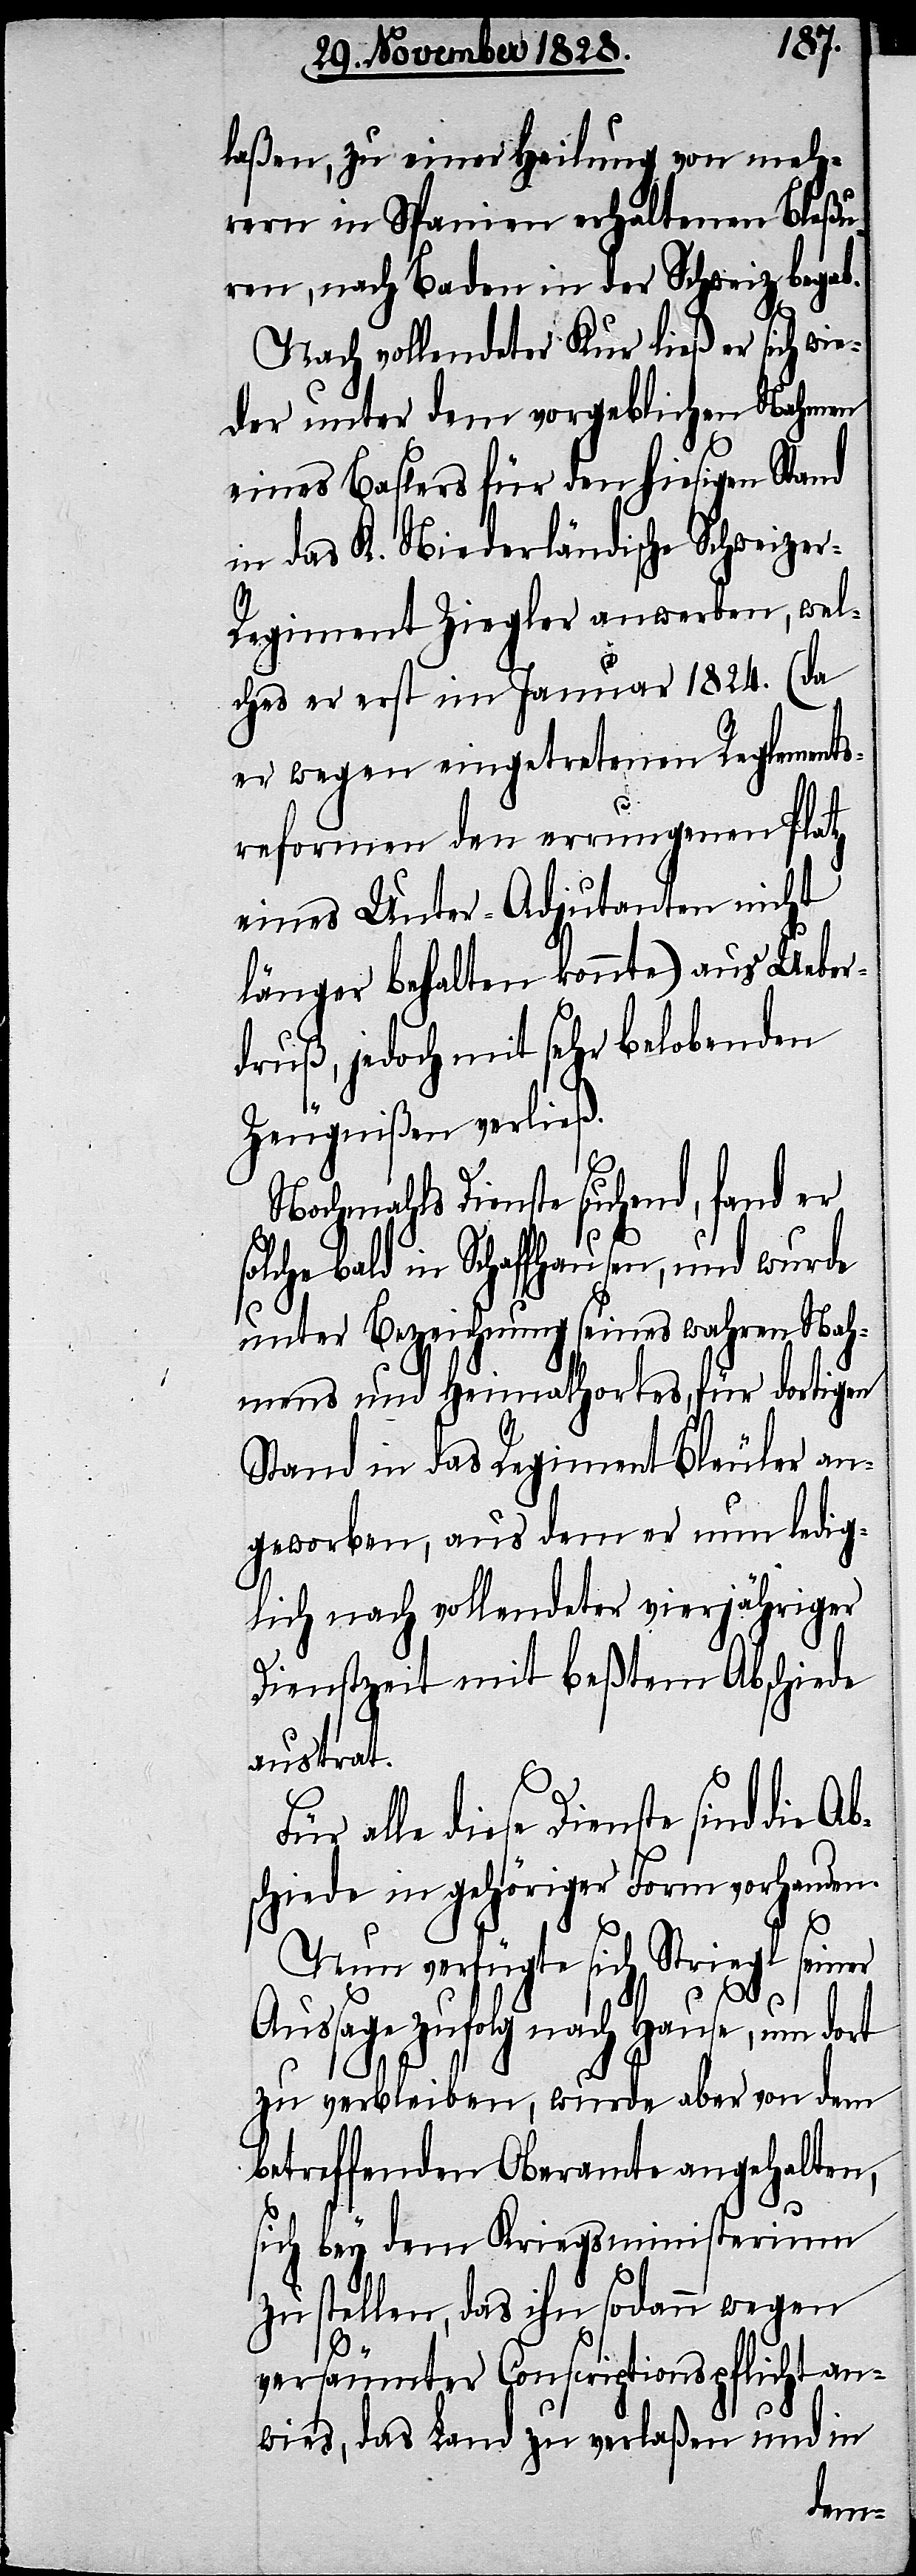
laßen, zu einer Heilung von meh¬
rern in Spanien erhaltenen Bleßu¬
ren, nach Baden in der Schweiz begab.
Nach vollendeter Kur ließ er sich wie¬
der unter dem vorgeblichen Nahmen
eines Baslers für den hiesigen Stand
in das K. Niederländische Schweize¬
r-Regiment Ziegler anwerben, wel¬
ches er erst im Januar 1824. (da
er wegen eingetretenen Reglements¬
reformen den errungenen Platz
eines Unter-Adjutanten nicht
länger behalten konnte) aus Ueber¬
druß, jedoch mit sehr belobenden
Zeugnißen verließ.
Nochmahls Dienste suchend, fand er
bald in Schaffhausen, und wurde
unter Bezeichnung seines wahren Nah¬
mens und Heimathortes, für dortigen
Stand in das Regiment Bleuler an¬
geworben, aus dem er nun ledig¬
lich nach vollendeter vierjähriger
Dienstzeit mit beßtem Abschiede
austrat.
diese Dienste sind die Ab¬
schiede in gehöriger Form vorhanden.
Nun verfügte sich Striegl seiner
Aussage zufolg nach Hause, um dort
zu verbleiben, wurde aber von dem
betreffenden Oberamte angehalten,
sich bey dem Kriegsministerium
zu stellen, das ihn sodann wegen
versäumter Conscriptionspflicht an¬
wies, das Land zu verlaßen und in